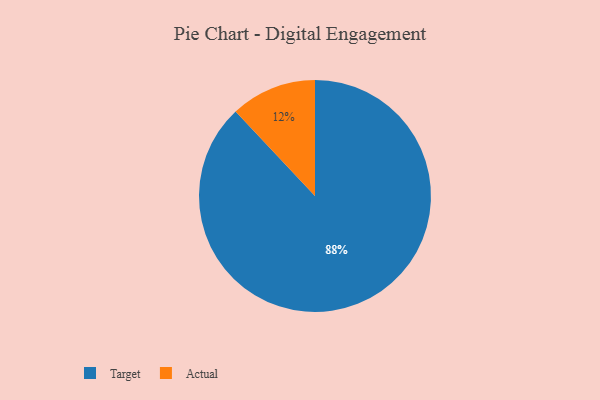
{"axis": {"x": "Category", "y": "Percentage"}, "legend": ["Actual", "Target"], "data": [{"x": "Actual", "y": 12, "type": "Actual"}, {"x": "Target", "y": 88, "type": "Target"}]}